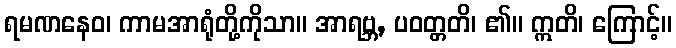
ရမဏနေဝ၊ ကာမအာရုံတို့ကိုသာ။ အာရဗ္ဘ, ပဝတ္တတိ၊ ၏။ ဣတိ၊ ကြောင့်။